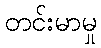
တင်းမာမှု